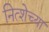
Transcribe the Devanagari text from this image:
नित्शेच्या